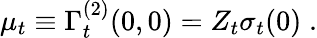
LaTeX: \mu_{t}\equiv\Gamma_{t}^{(2)}(0,0)=Z_{t}\sigma_{t}(0)\; .